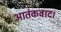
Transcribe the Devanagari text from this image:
आतंकवाद।